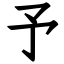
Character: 予